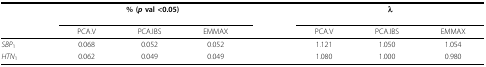
|  | <COLSPAN=3> % (p val <0.05) |  | <COLSPAN=3> λ |
 |  | PCA.V | PCA.IBS | EMMAX |  | PCA.V | PCA.IBS | EMMAX |
 | --- | --- | --- | --- | --- | --- | --- | --- |
 | SBP1 | 0.068 | 0.052 | 0.052 |  | 1.121 | 1.050 | 1.054 |
 | HTN1 | 0.062 | 0.049 | 0.049 |  | 1.080 | 1.000 | 0.980 |